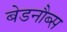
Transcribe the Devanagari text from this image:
बेडनौब्स